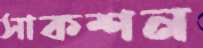
সাকশন